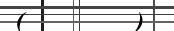
(        )